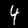
Label: 4